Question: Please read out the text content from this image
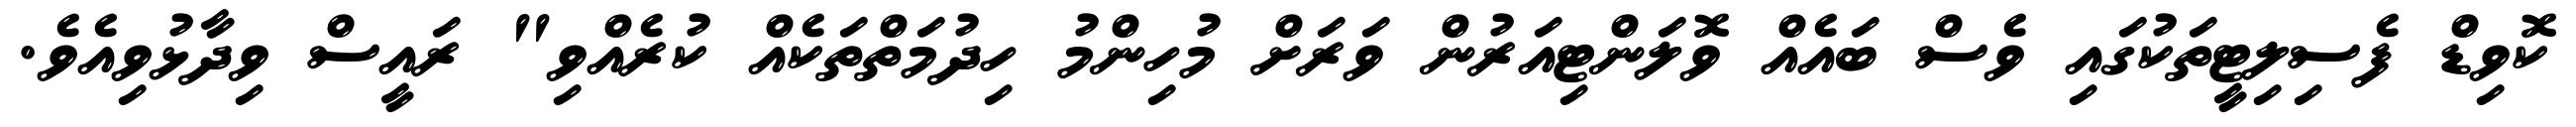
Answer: ކޮވިޑް ފެސިލިޓީތަކުގައި ވެސް ބައެއް ވޮލަންޓިއަރުން ވަރަށް މުހިންމު ހިދުމަތްތަކެއް ކުރެއްވި" ރައީސް ވިދާޅުވިއެވެ.